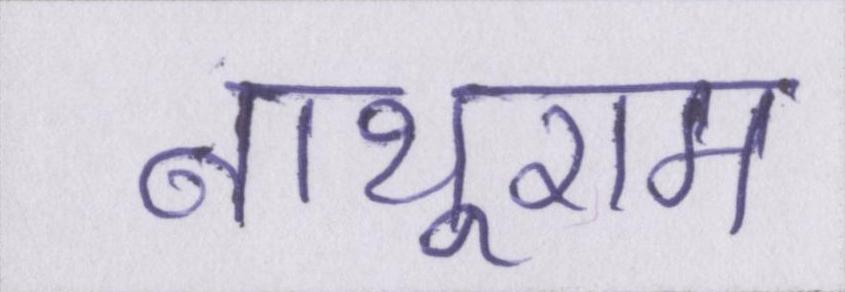
नाथूराम